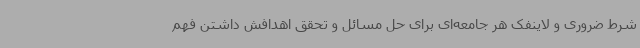
شرط ضروری و لاینفک هر جامعه‌ای برای حل مسائل و تحقق اهدافش داشتن فهم